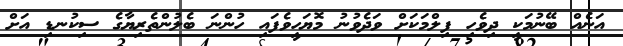
އަނެއް ބޭނުމަކީ ދިވެހި ފިލްމަކަށް ވަދެވުނު މޮޔަހީވެފައި ހުންނަ ބެލުންތެރިޔާގެ ސިކުނޑި އަށް